King Institute of Preventive Medicine Micro-Biological Section reports 1909-11
Year: 1909
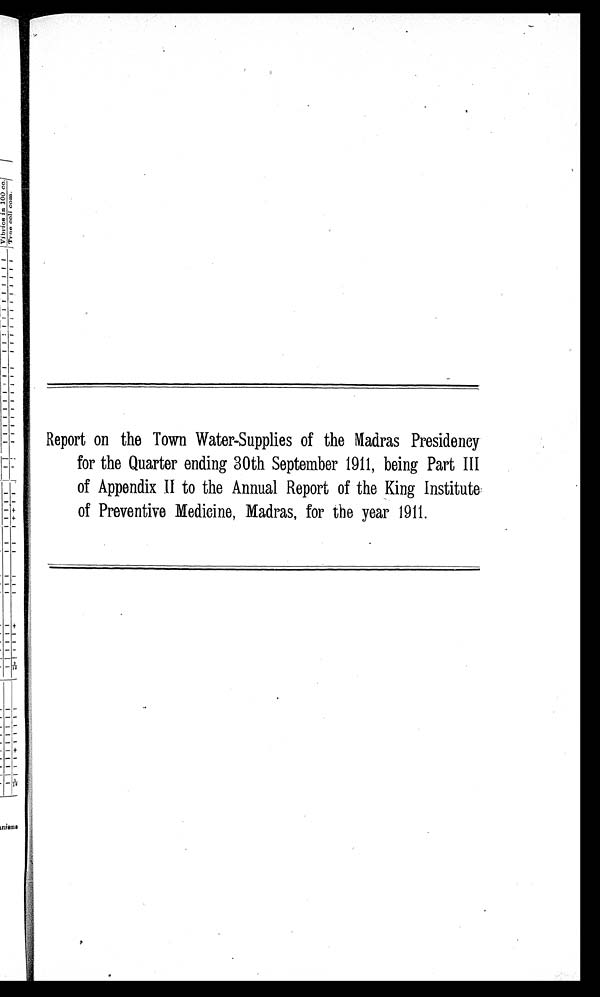
Report on the Town Water-Supplies of the Madras Presidency
for the Quarter ending 30th September 1911, being Part III
of Appendix II to the Annual Report of the King Institute
of Preventive Medicine, Madras, for the year 1911.